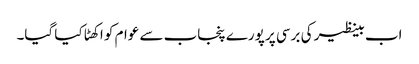
اب بینظیر کی برسی پر پورے پنجاب سے عوام کو اکھٹا کیا گیا۔